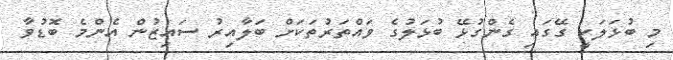
މި ބުޅަލަކީ ގޭގައި ގެންގުޅޭ ބުޅަލުގެ ވައްތަރުތަކަށް ބަލާއިރު ސައިޒުން އެންމެ ބޮޑުވާ